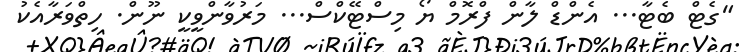
"ގެޓް ބެޓާ... އެންޑް ލާން ފްރޮމް ޔޯ މިސްޓޭކްސް... މަރުވާންވީކީ ނޫން. ހިތްވަރާއެކު